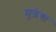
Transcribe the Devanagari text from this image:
मुड़ेगा